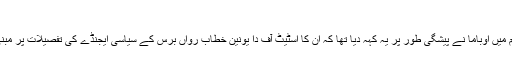
صدارتی دور پر اِک نظر
گزشتہ ہفتے اپنے ایک ویڈیو پیغام میں اوباما نے پیشگی طور پر یہ کہہ دیا تھا کہ اُن کا اسٹیٹ آف دا یونین خطاب رواں برس کے سیاسی ایجنڈے کی تفصیلات پر مبنی روایتی گفتگو سے مختلف ہوگا۔